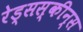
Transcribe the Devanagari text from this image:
रेड्सस्कीन्स